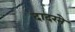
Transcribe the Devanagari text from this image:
दादरने